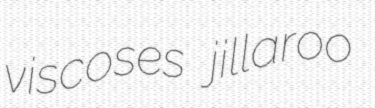
viscoses jillaroo